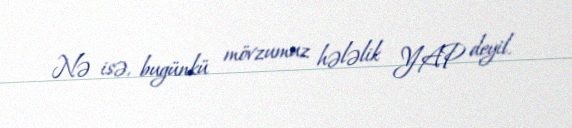
Nə isə, bugünkü mövzumuz hələlik YAP deyil.